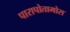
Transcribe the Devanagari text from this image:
पारापोतामोस